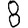
Digit: 8